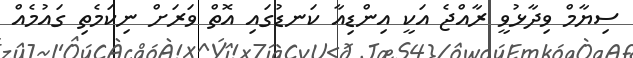
ސިޔާމް ވިދާޅުވީ ރާއްޖެ އަކީ އިންޑިއާ ކަނޑުގައި އޮތް ވަރަށް ނިކަމެތި ގައުމެއް